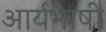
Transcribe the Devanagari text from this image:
आर्यभाषी